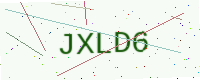
Text: JXLD6